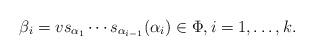
LaTeX: \begin{align*}\beta_i = vs_{\alpha_1}\cdots s_{\alpha_{i-1}}(\alpha_i)\in \Phi,i=1,\dotsc,k.\end{align*}